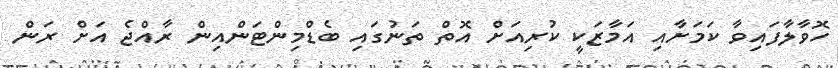
ހޮވާލާފައިވާ ކަމަށާއި އަމާޒަކީ ކުރިއަށް އޮތް ތަނުގައި ބެޑްމިންޓަންއިން ރާއްޖެ އަށް ރަން